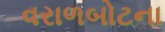
વરાળબોટના